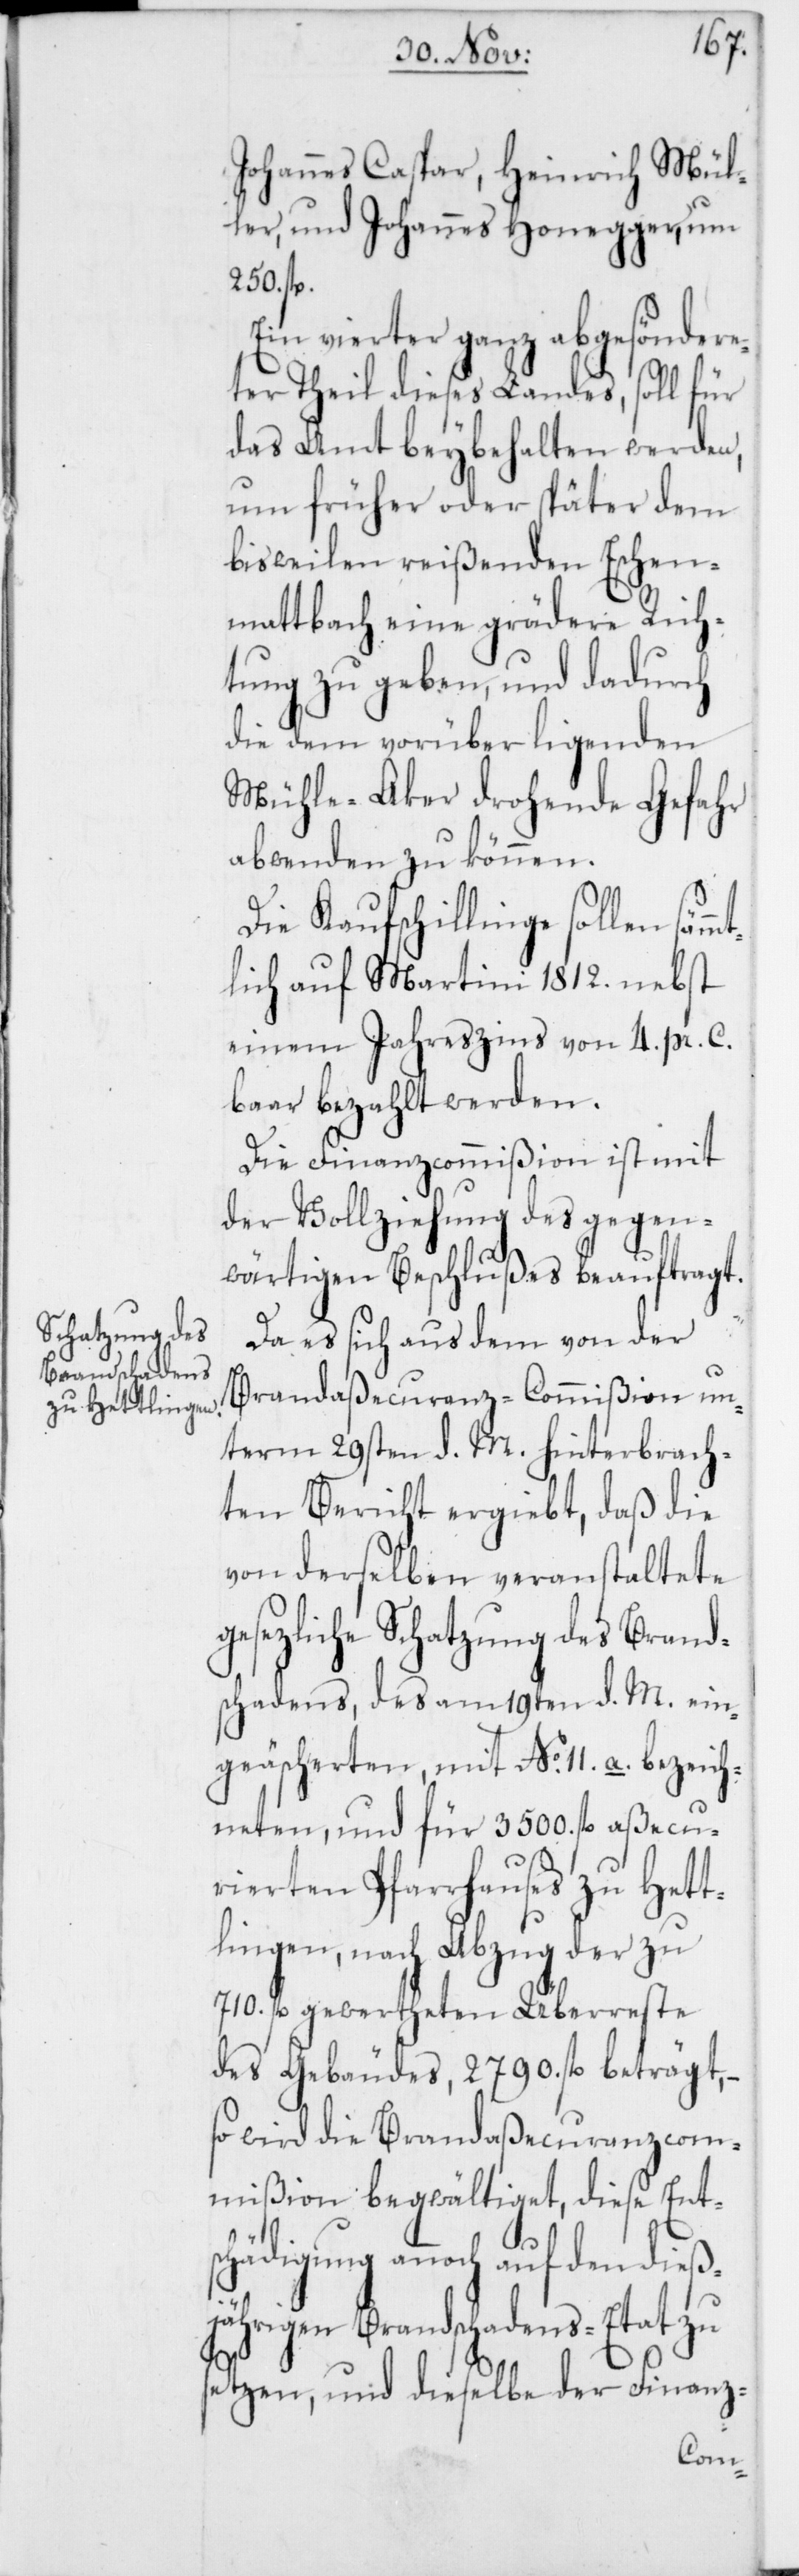
Johannes Caspar; Heinrich Mül¬
ler; und Johannes Honegger; um
250. fl.
Ein vierter ganz abgesöndere¬
ter Theil dieses Landes, soll für
das Amt beybehalten werden,
um früher oder später dem
bisweilen reißenden Eschen¬
mattbach eine grädere Rich¬
tung zu geben, und dadurch
die dem vorüber ligenden
Mühle-Aker drohende Gefahr
abwenden zu können.
Die Kaufschillinge sollen säm¬
lich auf Martini 1812. nebst
einem Jahreszins von 4. pr. C.
baar bezahlt werden.
Die Finanzcommißion ist mit
der Vollziehung des gegen¬
wärtigen Beschlußes beauftragt.
Da es sich aus dem von der
Brandaßecuranz-Commißion un¬
term 29sten d. M. hinterbrach¬
ten Bericht ergiebt, daß die
von derselben veranstaltete
gesezliche Schatzung des Brand¬
schadens, des am 19ten d. M. ein¬
geäschereten, mit No. 11. a. bezeich¬
neten und für 3500. fl. aßecu¬
rierten Pfarrhauses zu Hett¬
lingen, nach Abzug der zu
710. fl. gewertheten Überreste
des Gebäudes, 2790. fl. beträgt,
so wird die Brandaßecuranzcom¬
mißion begwältiget, diese Ent¬
schädigung annoch auf den dieß¬
jährigen Brandschadens-Etat zu
setzen, und dieselbe der Finanz-
mt¬